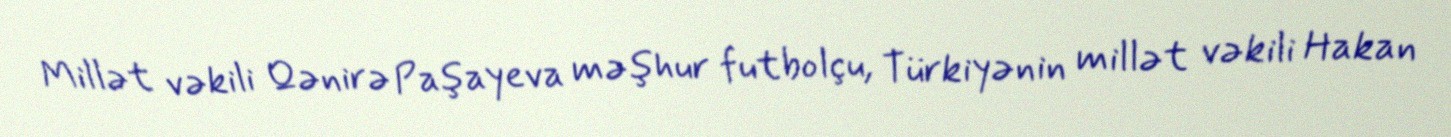
Millət vəkili Qənirə Paşayeva məşhur futbolçu, Türkiyənin millət vəkili Hakan